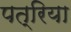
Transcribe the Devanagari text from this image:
पत्रिया